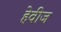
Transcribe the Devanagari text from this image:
हेवीज